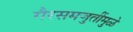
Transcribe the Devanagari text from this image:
गैरसमजुतींमुळे